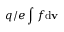
q / e \int f \mathrm { d } { \mathbf v }